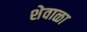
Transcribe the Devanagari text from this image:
शेवाळा